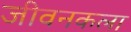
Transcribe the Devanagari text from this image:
जीवनकला